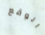
الوقع